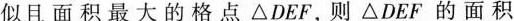
似且面积最大的格点△DEF，则△DEF的面